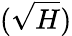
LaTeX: (\sqrt{H})